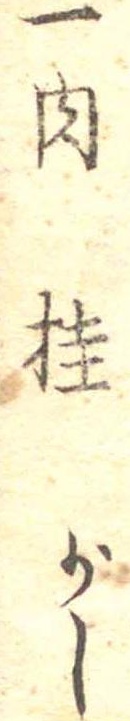
一肉桂少々